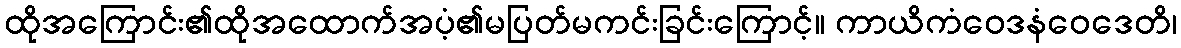
ထိုအကြောင်း၏ထိုအထောက်အပံ့၏မပြတ်မကင်းခြင်းကြောင့်။ ကာယိကံဝေဒနံဝေဒေတိ၊